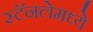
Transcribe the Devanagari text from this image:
स्टॅनलेमध्ये